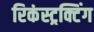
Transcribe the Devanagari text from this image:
रिकंस्ट्रक्टिंग